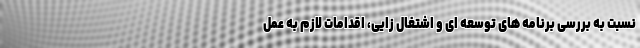
نسبت به بررسی برنامه های توسعه ای و اشتغال زایی، اقدامات لازم به عمل